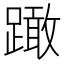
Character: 𨅺